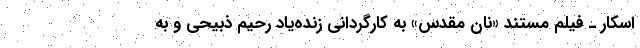
اسکار ـ فیلم مستند «نان مقدس» به کارگردانی زنده‌یاد رحیم ذبیحی و به